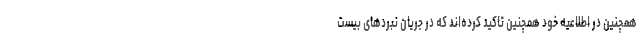
همچنین در اطلاعیه خود همچنین تاکید کرده‌اند که در جریان نبرد‌های بیست